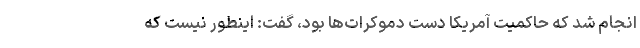
انجام شد که حاکمیت آمریکا دست دموکرات‌ها بود، گفت: اینطور نیست که